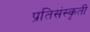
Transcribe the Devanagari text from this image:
प्रतिसंस्कृती